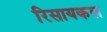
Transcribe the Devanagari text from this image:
रिसायकल